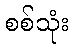
စစ်သုံး